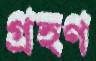
গ্র্রহণ